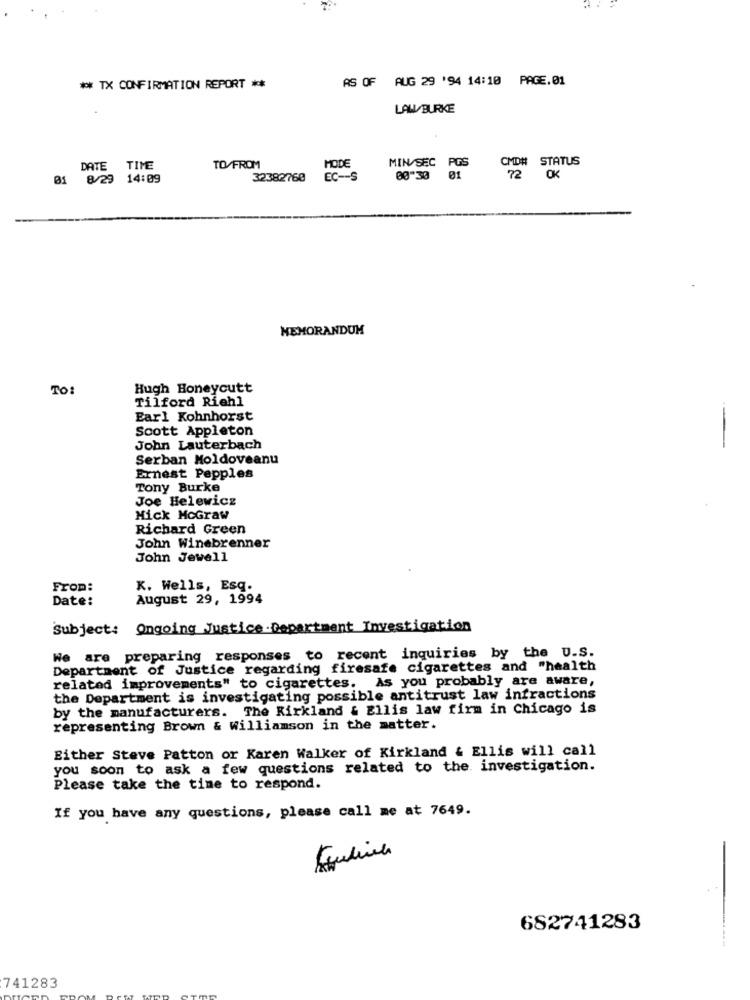
AS OF AUG 29 '94 14:10 PAGE.01
** TX CONFIRMATION REPORT **
LAW/BURKE
CMD# STATUS
DATE TIME
TO/FROM
MODE
MIN/SEC PGS
01 8/29 14:09
32382768
EC -- S
00 30 01
72 OK
MEMORANDUM
To:
Hugh Honeycutt
Tilford Riehl
Earl Kohnhorst
Scott Appleton
--
John Lauterbach
Serban Moldoveanu
Ernest Pepples
Tony Burke
Joe Helewicz
Mick McGraw
Richard Green
John Winebrenner
John Jewell
From:
K. Wells, Esq.
Date:
August 29, 1994
Subject: Ongoing Justice-Department Investigation
We are preparing responses to recent inquiries by the U.S.
Department of Justice regarding firesafe cigarettes and "health
related improvements" to cigarettes. As you probably are aware,
the Department is investigating possible antitrust law infractions
by the manufacturers. The Kirkland & Ellis law firm in Chicago is
representing Brown & Williamson in the matter.
Either Steve Patton or Karen Walker of Kirkland & Ellis will call
you soon to ask a few questions related to the investigation.
Please take the time to respond.
If you have any questions, please call me at 7649.
-
682741283
741283